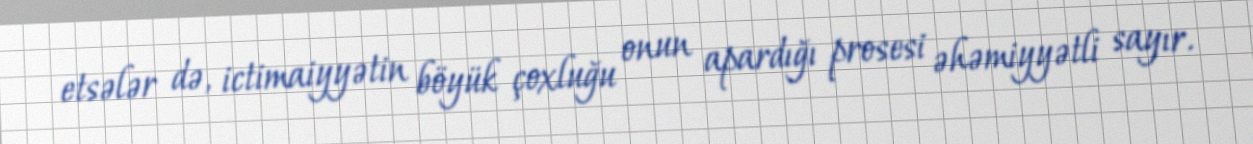
etsələr də, ictimaiyyətin böyük çoxluğu onun apardığı prosesi əhəmiyyətli sayır.